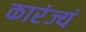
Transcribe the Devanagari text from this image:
कारंज्यं